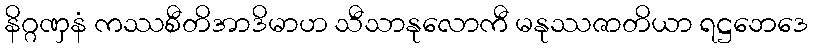
နိဂ္ဂဏှနံ ကဿစီတိအာဒိမာဟ သီသာနုလောကီ မနုဿဇာတိယာ ရဋ္ဌဘေဒေ